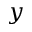
y